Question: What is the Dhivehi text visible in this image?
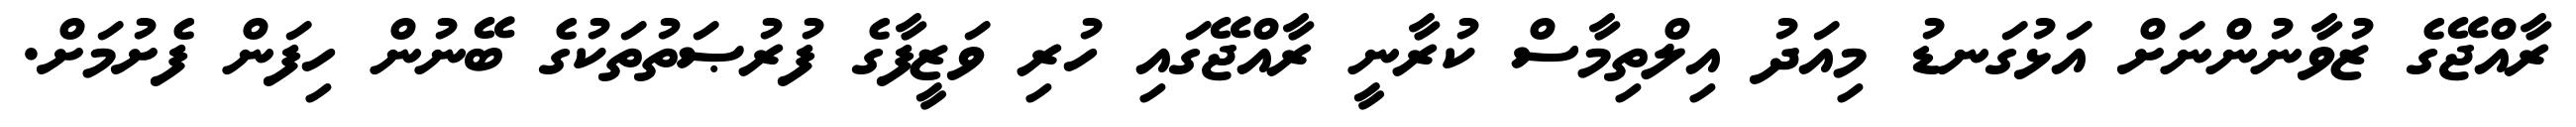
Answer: ރާއްޖޭގެ ޒުވާނުންނަށް އަޅުގަނޑު މިއަދު އިލްތިމާސް ކުރާނީ ރާއްޖޭގައި ހުރި ވަޒީފާގެ ފުރުޞަތުތަކުގެ ބޭނުން ހިފަން ފެށުމަށް.